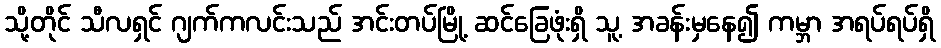
သို့တိုင် သီလရှင် ဂျက်ကလင်းသည် အင်းတပ်မြို့ ဆင်ခြေဖုံးရှိ သူ့ အခန်းမှနေ၍ ကမ္ဘာ အရပ်ရပ်ရှိ